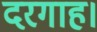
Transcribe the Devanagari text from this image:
दरगाह।